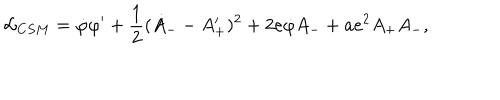
{ \cal L } _ { C S M } = { \dot { \varphi } } \varphi ^ { \prime } + { \frac { 1 } { 2 } } ( { \dot { A } } _ { - } - { A _ { + } ^ { \prime } } ) ^ { 2 } + 2 e { \dot { \varphi } } A _ { - } + a e ^ { 2 } A _ { + } A _ { - } ,